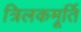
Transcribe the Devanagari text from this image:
त्रिलकमूर्ति